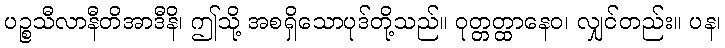
ပဉ္စသီလာနီတိအာဒီနိ၊ ဤသို့ အစရှိသောပုဒ်တို့သည်။ ဝုတ္တတ္ထာနေဝ၊ လျှင်တည်း။ ပန၊